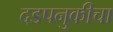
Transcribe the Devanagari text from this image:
दडपनुकीचा